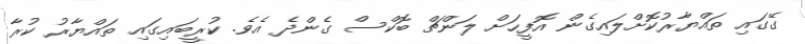
ގޭގައި ތައްޔާރުކޮށްލައިގެން އޮފީހަށް ލަންޗް ބޮކްސް ގެންދެ އެވެ. ކުރީބައިގައި ތައްޔާރު ކުރާ